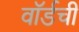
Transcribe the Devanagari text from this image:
वॉर्डची